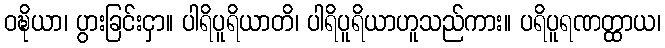
ဝဍ္ဎိယာ၊ ပွားခြင်းငှာ။ ပါရိပူရိယာတိ၊ ပါရိပူရိယာဟူသည်ကား။ ပရိပူရဏတ္ထာယ၊